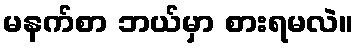
မနက်စာ ဘယ်မှာ စားရမလဲ။